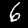
Label: 6